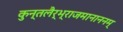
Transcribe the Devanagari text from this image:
कुन्तलैर्भ्राजमानाननम्